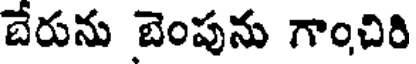
బేరును బెంపును గాంచిరి